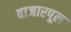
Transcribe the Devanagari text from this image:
बाजारपूल